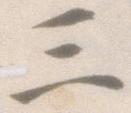
三